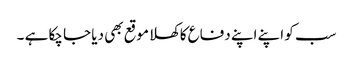
سب کو اپنے اپنے دفاع کاکھلا موقع بھی دیا جا چکا ہے ۔